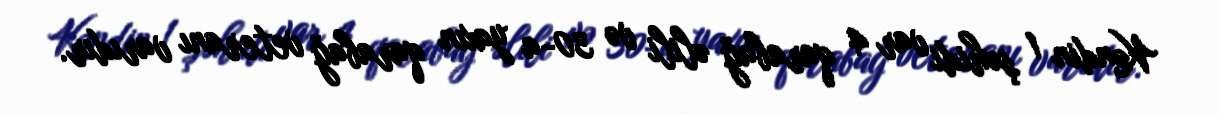
Kəndin 1 şəhidi var 4 qarabağ əlili və 30-a yaxın qarabağ veteranı varıdır.